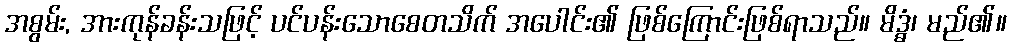
အစွမ်း, အားကုန်ခန်းသဖြင့် ပင်ပန်းသောစေတသိက် အပေါင်း၏ ဖြစ်ကြောင်းဖြစ်ရာသည်။ မိဒ္ဓံ၊ မည်၏။